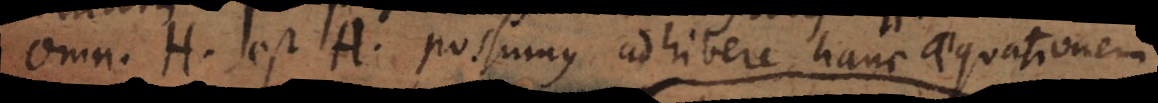
Omn. H est A possumus adhibere hanc aequationem